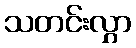
သတင်းလွှာ